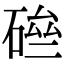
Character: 𥓗